Leprosy in India: report of the Leprosy Commission in India, 1890-91
Year: 1890
Disease focus: Leprosy
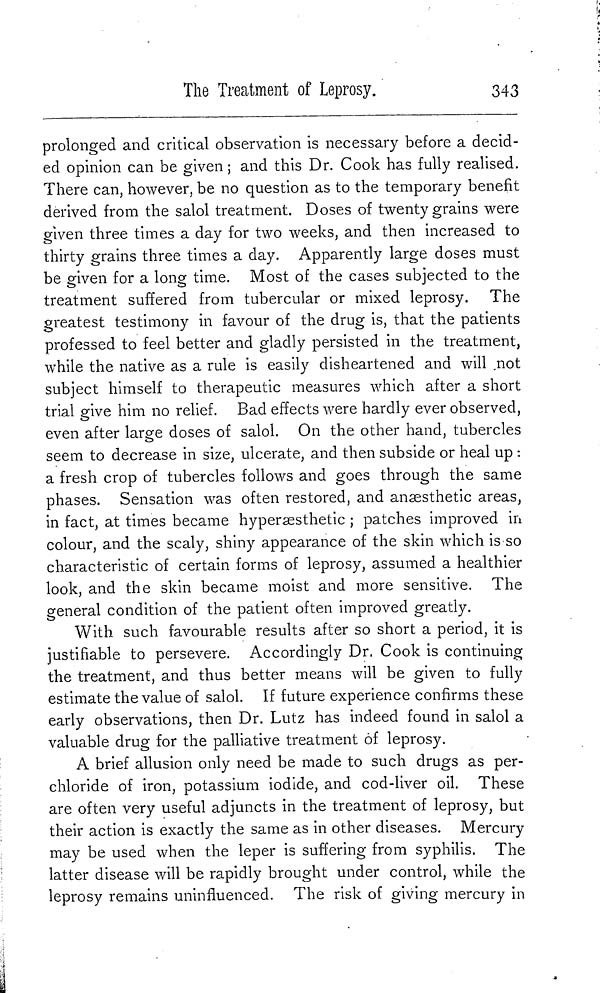
The Treatment of Leprosy.
343
prolonged and critical observation is necessary before a decid-
ed opinion can be given ; and this Dr. Cook has fully realised.
There can, however, be no question as to the temporary benefit
derived from the salol treatment. Doses of twenty grains were
given three times a day for two weeks, and then increased to
thirty grains three times a day. Apparently large doses must
be given for a long time. Most of the cases subjected to the
treatment suffered from tubercular or mixed leprosy. The
greatest testimony in favour of the drug is, that the patients
professed to feel better and gladly persisted in the treatment,
while the native as a rule is easily disheartened and will not
subject himself to therapeutic measures which after a short
trial give him no relief. Bad effects were hardly ever observed,
even after large doses of salol. On the other hand, tubercles
seem to decrease in size, ulcerate, and then subside or heal up :
a fresh crop of tubercles follows and goes through the same
phases. Sensation was often restored, and anaesthetic areas,
in fact, at times became hyperæsthetic ; patches improved in
colour, and the scaly, shiny appearance of the skin which is so
characteristic of certain forms of leprosy, assumed a healthier
look, and the skin became moist and more sensitive. The
general condition of the patient often improved greatly.
With such favourable results after so short a period, it is
justifiable to persevere. Accordingly Dr, Cook is continuing
the treatment, and thus better means will be given to fully
estimate the value of salol. If future experience confirms these
early observations, then Dr. Lutz has indeed found in salol a
valuable drug for the palliative treatment of leprosy.
A brief allusion only need be made to such drugs as per-
chloride of iron, potassium iodide, and cod-liver oil. These
are often very useful adjuncts in the treatment of leprosy, but
their action is exactly the same as in other diseases. Mercury
may be used when the leper is suffering from syphilis. The
latter disease will be rapidly brought under control, while the
leprosy remains uninfluenced. The risk of giving mercury in